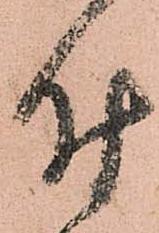
時